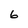
Character: 6